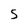
Character: S